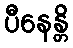
ပီနေန္တိ